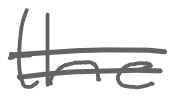
Text: the
Cross-out: double-line
Writing tool: digital_gray